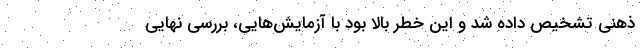
ذهنی تشخیص داده شد و این خطر بالا بود با آزمایش‌هایی، بررسی نهایی